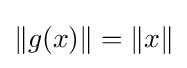
\|g(x)\|=\|x\|